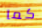
كما